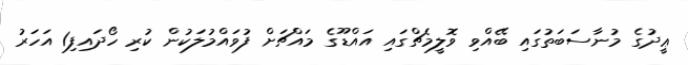
ޢީދުގެ މުނާސަބަތުގައި ބޭއްވި ވޮލީމެޗްގައި އައްޑޫގެ މައްޗަށް ފުވައްމުލަކުން ކުރި ހޯދައިފި1 އަހަރު